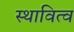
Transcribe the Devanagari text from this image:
स्थावित्व